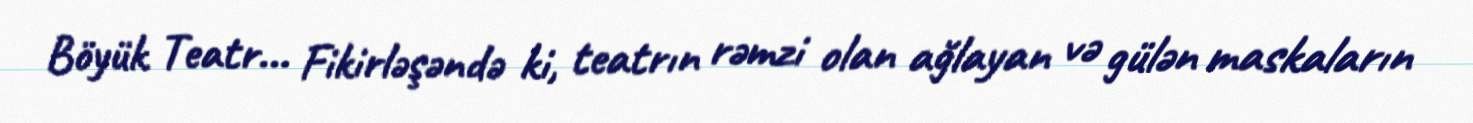
Böyük Teatr... Fikirləşəndə ki, teatrın rəmzi olan ağlayan və gülən maskaların